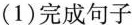
(1)完成句子